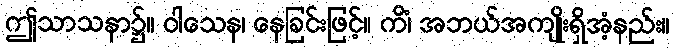
ဤသာသနာ၌။ ဝါသေန၊ နေခြင်းဖြင့်။ ကိံ၊ အဘယ်အကျိုးရှိအံ့နည်း။